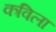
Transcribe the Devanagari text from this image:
कविला